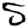
Digit: 5